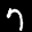
Label: 7